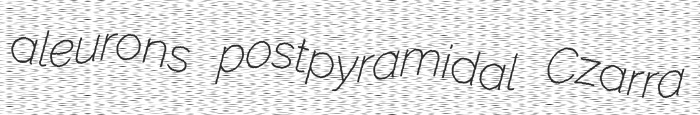
aleurons postpyramidal Czarra